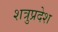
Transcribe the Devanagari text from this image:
शत्रुप्रदेश